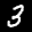
Label: 3